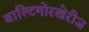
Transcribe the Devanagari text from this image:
बाल्टिमोरखेरीज